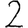
Digit: 2